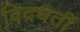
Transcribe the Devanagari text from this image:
विदधतीं